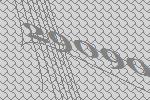
29090